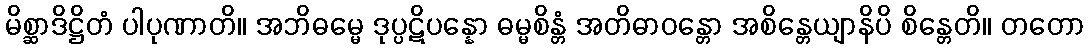
မိစ္ဆာဒိဋ္ဌိတံ ပါပုဏာတိ။ အဘိဓမ္မေ ဒုပ္ပဋိပန္နော ဓမ္မစိန္တံ အတိဓာဝန္တော အစိန္တေယျာနိပိ စိန္တေတိ။ တတော